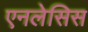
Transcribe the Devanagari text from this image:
एनलेसिस